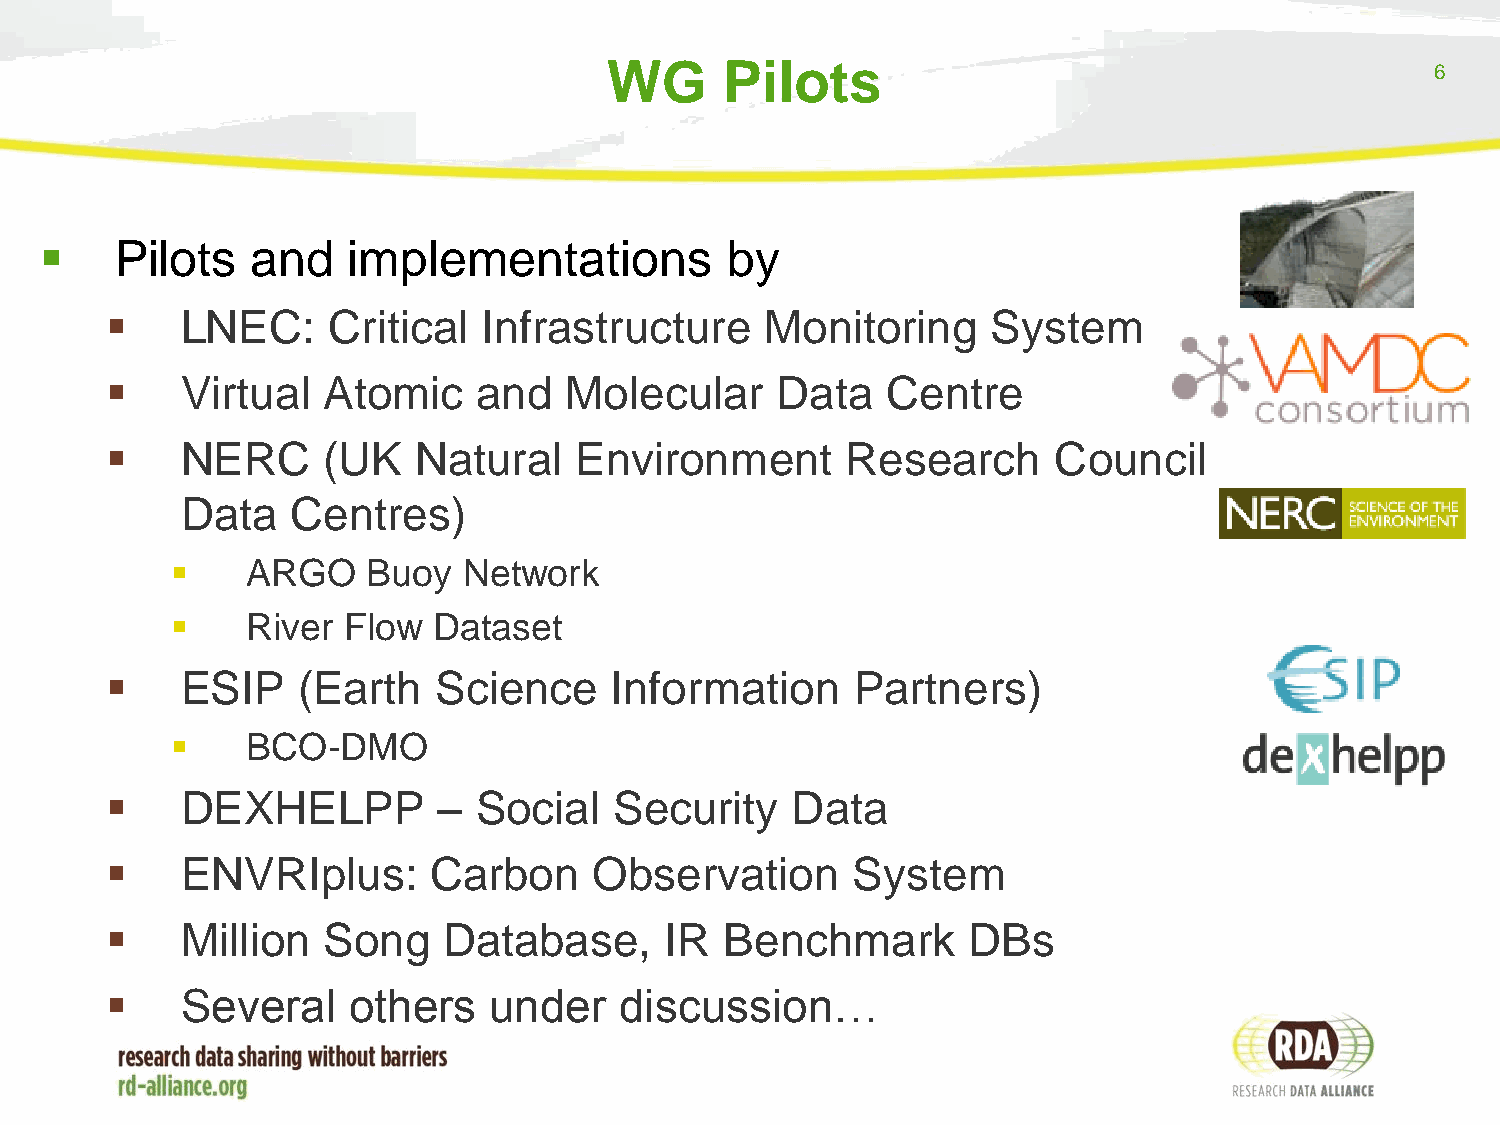
WG      Pilots                                         6
     Pilots   and   implementations          by
     LNEC:     Critical  Infrastructure     Monitoring     System
     Virtual  Atomic     and  Molecular     Data    Centre
     NERC     (UK   Natural    Environment       Research      Council
 Data   Centres)
     ARGO    Buoy   Network
     River  Flow  Dataset
     ESIP    (Earth   Science    Information      Partners)
     BCO-DMO
     DEXHELPP         – Social    Security   Data
     ENVRIplus:      Carbon     Observation       System
     Million  Song    Database,      IR  Benchmark       DBs
     Several    others   under    discussion…